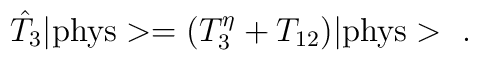
\hat{T}_3|\mbox{phys}>=(T_3^\eta+T\sb{12})|\mbox{phys}>\ .